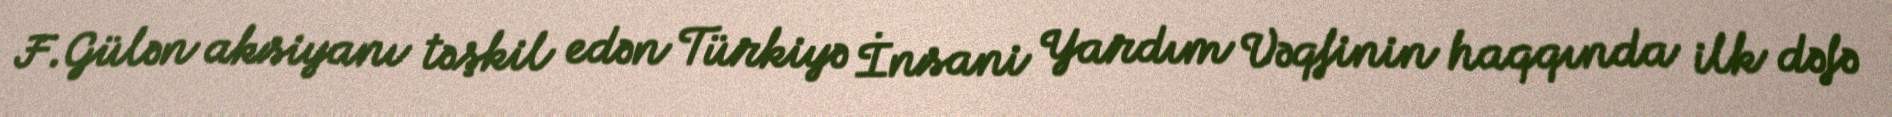
F.Gülən aksiyanı təşkil edən Türkiyə İnsani Yardım Vəqfinin haqqında ilk dəfə